Indian journal of veterinary science and animal husbandry - Volume 5,
Year: 1935
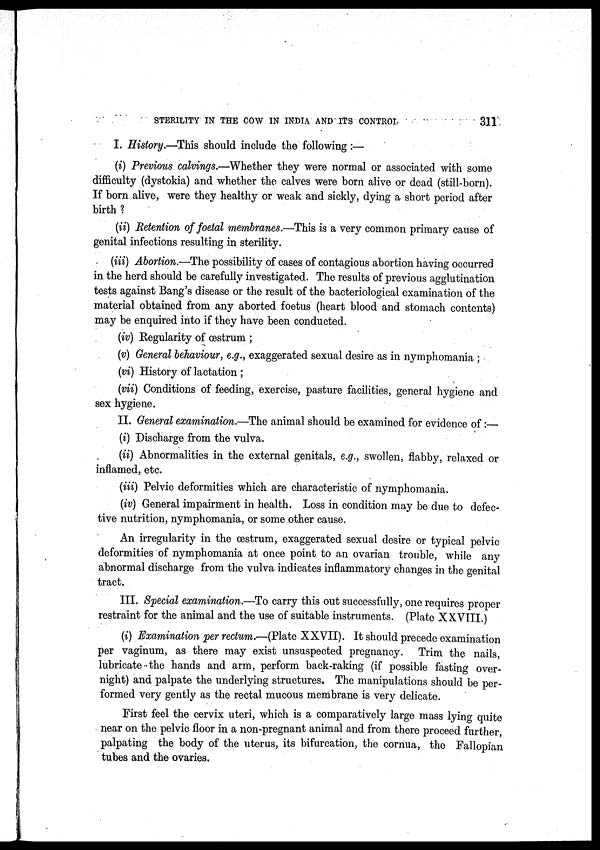
STERILITY IN THE COW IN INDIA AND ITS CONTROL
311
I. History.—This should include the following:—
(i) Previous calvings.—Whether they were normal or associated with some
difficulty (dystokia) and whether the calves were born alive or dead (still-born).
If born alive, were they healthy or weak and sickly, dying a short period after
birth ?
(ii) Retention of foetal membranes.—This is a very common primary cause of
genital infections resulting in sterility.
(iii) Abortion.—The possibility of cases of contagious abortion having occurred
in the herd should be carefully investigated. The results of previous agglutination
tests against Bang's disease or the result of the bacteriological examination of the
material obtained from any aborted foetus (heart blood and stomach contents)
may be enquired into if they have been conducted.
(iv) Regularity of œstrum ;
(v) General behaviour, e.g., exaggerated sexual desire as in nymphomania ;
(vi) History of lactation ;
(vii) Conditions of feeding, exercise, pasture facilities, general hygiene and
sex hygiene.
II. General examination.—The animal should be examined for evidence of:—
(i) Discharge from the vulva.
(ii) Abnormalities in the external genitals, e.g., swollen, flabby, relaxed or
inflamed, etc.
(iii) Pelvic deformities which are characteristic of nymphomania.
(iv) General impairment in health. Loss in condition may be due to defec-
tive nutrition, nymphomania, or some other cause.
An irregularity in the œstrum, exaggerated sexual desire or typical pelvic
deformities of nymphomania at once point to an ovarian trouble, while any
abnormal discharge from the vulva indicates inflammatory changes in the genital
tract.
III. Special examination.—To carry this out successfully, one requires proper
restraint for the animal and the use of suitable instruments. (Plate XXVIII.)
(i) Examination per rectum.—(Plate XXVII). It should precede examination
per vaginum, as there may exist unsuspected pregnancy. Trim the nails,
lubricate the hands and arm, perform back-raking (if possible fasting over-
night) and palpate the underlying structures. The manipulations should be per-
formed very gently as the rectal mucous membrane is very delicate.
First feel the cervix uteri, which is a comparatively large mass lying quite
near on the pelvic floor in a non-pregnant animal and from there proceed further,
palpating the body of the uterus, its bifurcation, the cornua, the Fallopian
tubes and the ovaries.